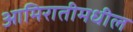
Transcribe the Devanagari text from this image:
आमिरातीमधील